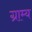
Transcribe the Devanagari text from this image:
ग्राम्‍य